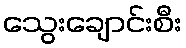
သွေးချောင်းစီး